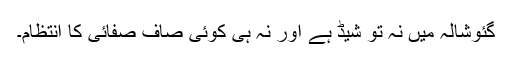
گئوشالہ میں نہ تو شیڈ ہے اور نہ ہی کوئی صاف صفائی کا انتظام۔